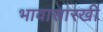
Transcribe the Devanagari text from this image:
भावासारखी